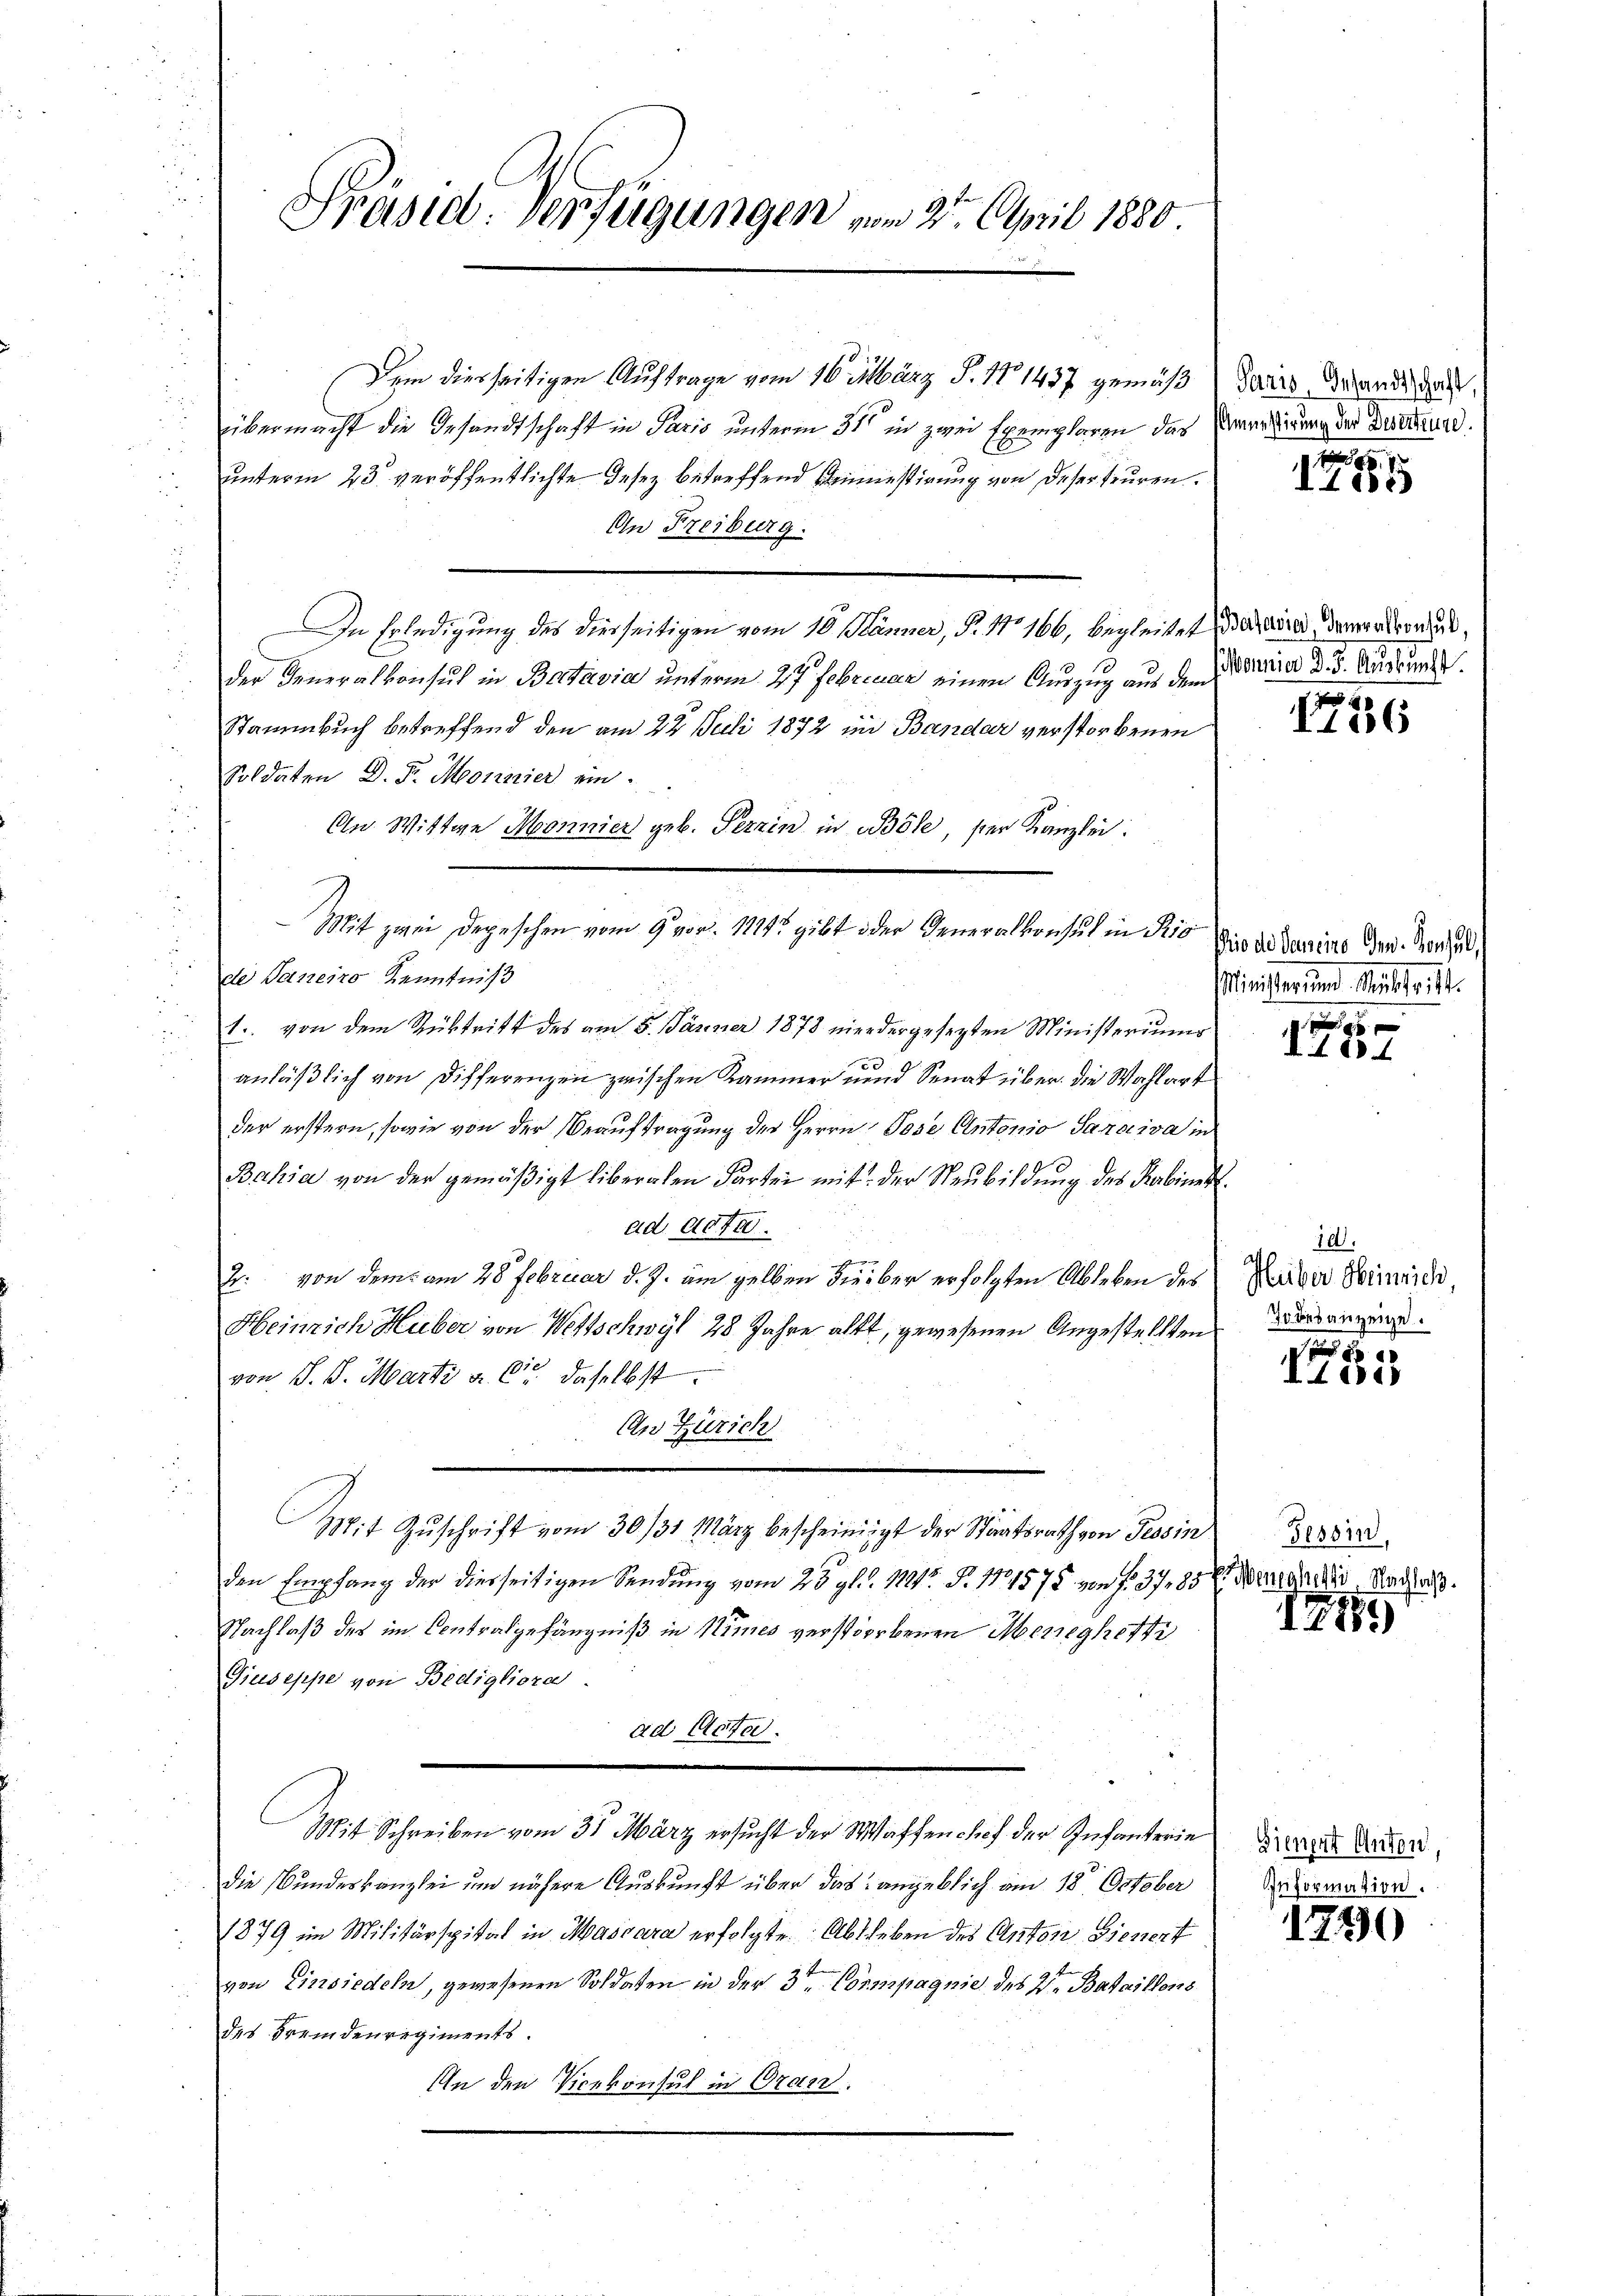
Präsid. Verfügungen vom 25. April 1880.

Dem diesseitigen Auftrage vom 16. März P. No 1437 gemäß
übermacht die Gesandtschaft in Paris unterm 31ten in zwei Exemplaren das
unterm 23. veröffentlichte Insez betreffend Beinestigung von deser teuren.
An Freiburg.
In Erledigung des diesseitigen vom 10. Jänner, P. Nr 166, begleitet darina, demand sonde
der Generalkonsul in Batavia unterm 27 Februar einen Auszug aus dem
Stammbuch betreffend den am 22. Juli 1872 im Bandar verstorbenen
Soldaten D. F. Monnier ein.
An Wittwe Monnier geb. Perrin in Böse, ser Kanzlei.
de Janeiro Kenntniß
1. von dem Rücktritt des am 5. Jänner 1878 niedergesezten Ministeriums
c
anläßlich von Differenzen zwischen Kammer unnd Senat über die Wahlart
der erstern, sowie von der Beauftragung des Herrn Pose Antonio Saraiva¬
Bahia von der gemäßigt liberalen Partei mit der Neubildung des Kabine
ad acte.
H
2. von dem am 28 Februar d. J. am gelben dieber erfolgten Ableben des
Heinrich Huber von Wettschwyl 28 Jahre altt, gewesenen Angestellten
von J. J. Marti a. O. daselbst.
An Zürich
Mit Zuschrift vom 30/31 März bescheinigt der Staatsrath von Tessin
den Empfang der diesseitigen Sendung vom 28. gl. d. 111 S. 11575 von f. 3783
Nachlaß des im Contralgefängniß in Nimes verstorbenen Meneghetti
Giuseppe von Bedigliora
ad Acta.
Mit Schreiben vom 31 März ersucht der Waffenchef der Infanterie
die Bundeskanzlei und nähere Auskunft über das angeblich am 18. October
1879 im Militärspital in Mascara erfolgte Abtheben des Anton Giesert
von Einsiedeln, gewesenen Soldaten in der 3ten Compagnie des V. Bataillons
des Fremdenregiments.
An den Vicekonsul in Oran

Mit zwei Depeschen vom 9. vor. 1815 gibt oder Generalkonsul in Ris

d

Paris Gesandtschaft,
Anmessirung der Deserteure.

1185

Monnier d. 5. Auskunft.

1726

sio der Gemeine Gen. Konsul,
Minister und Muschrift.

x
IL 18.

10.
Heiber Heinrich,
30 besanzeige.

IL 1848

Tessin,
Penjahresti Nachlaß.

1199

Bienert Anton,
Information

1750